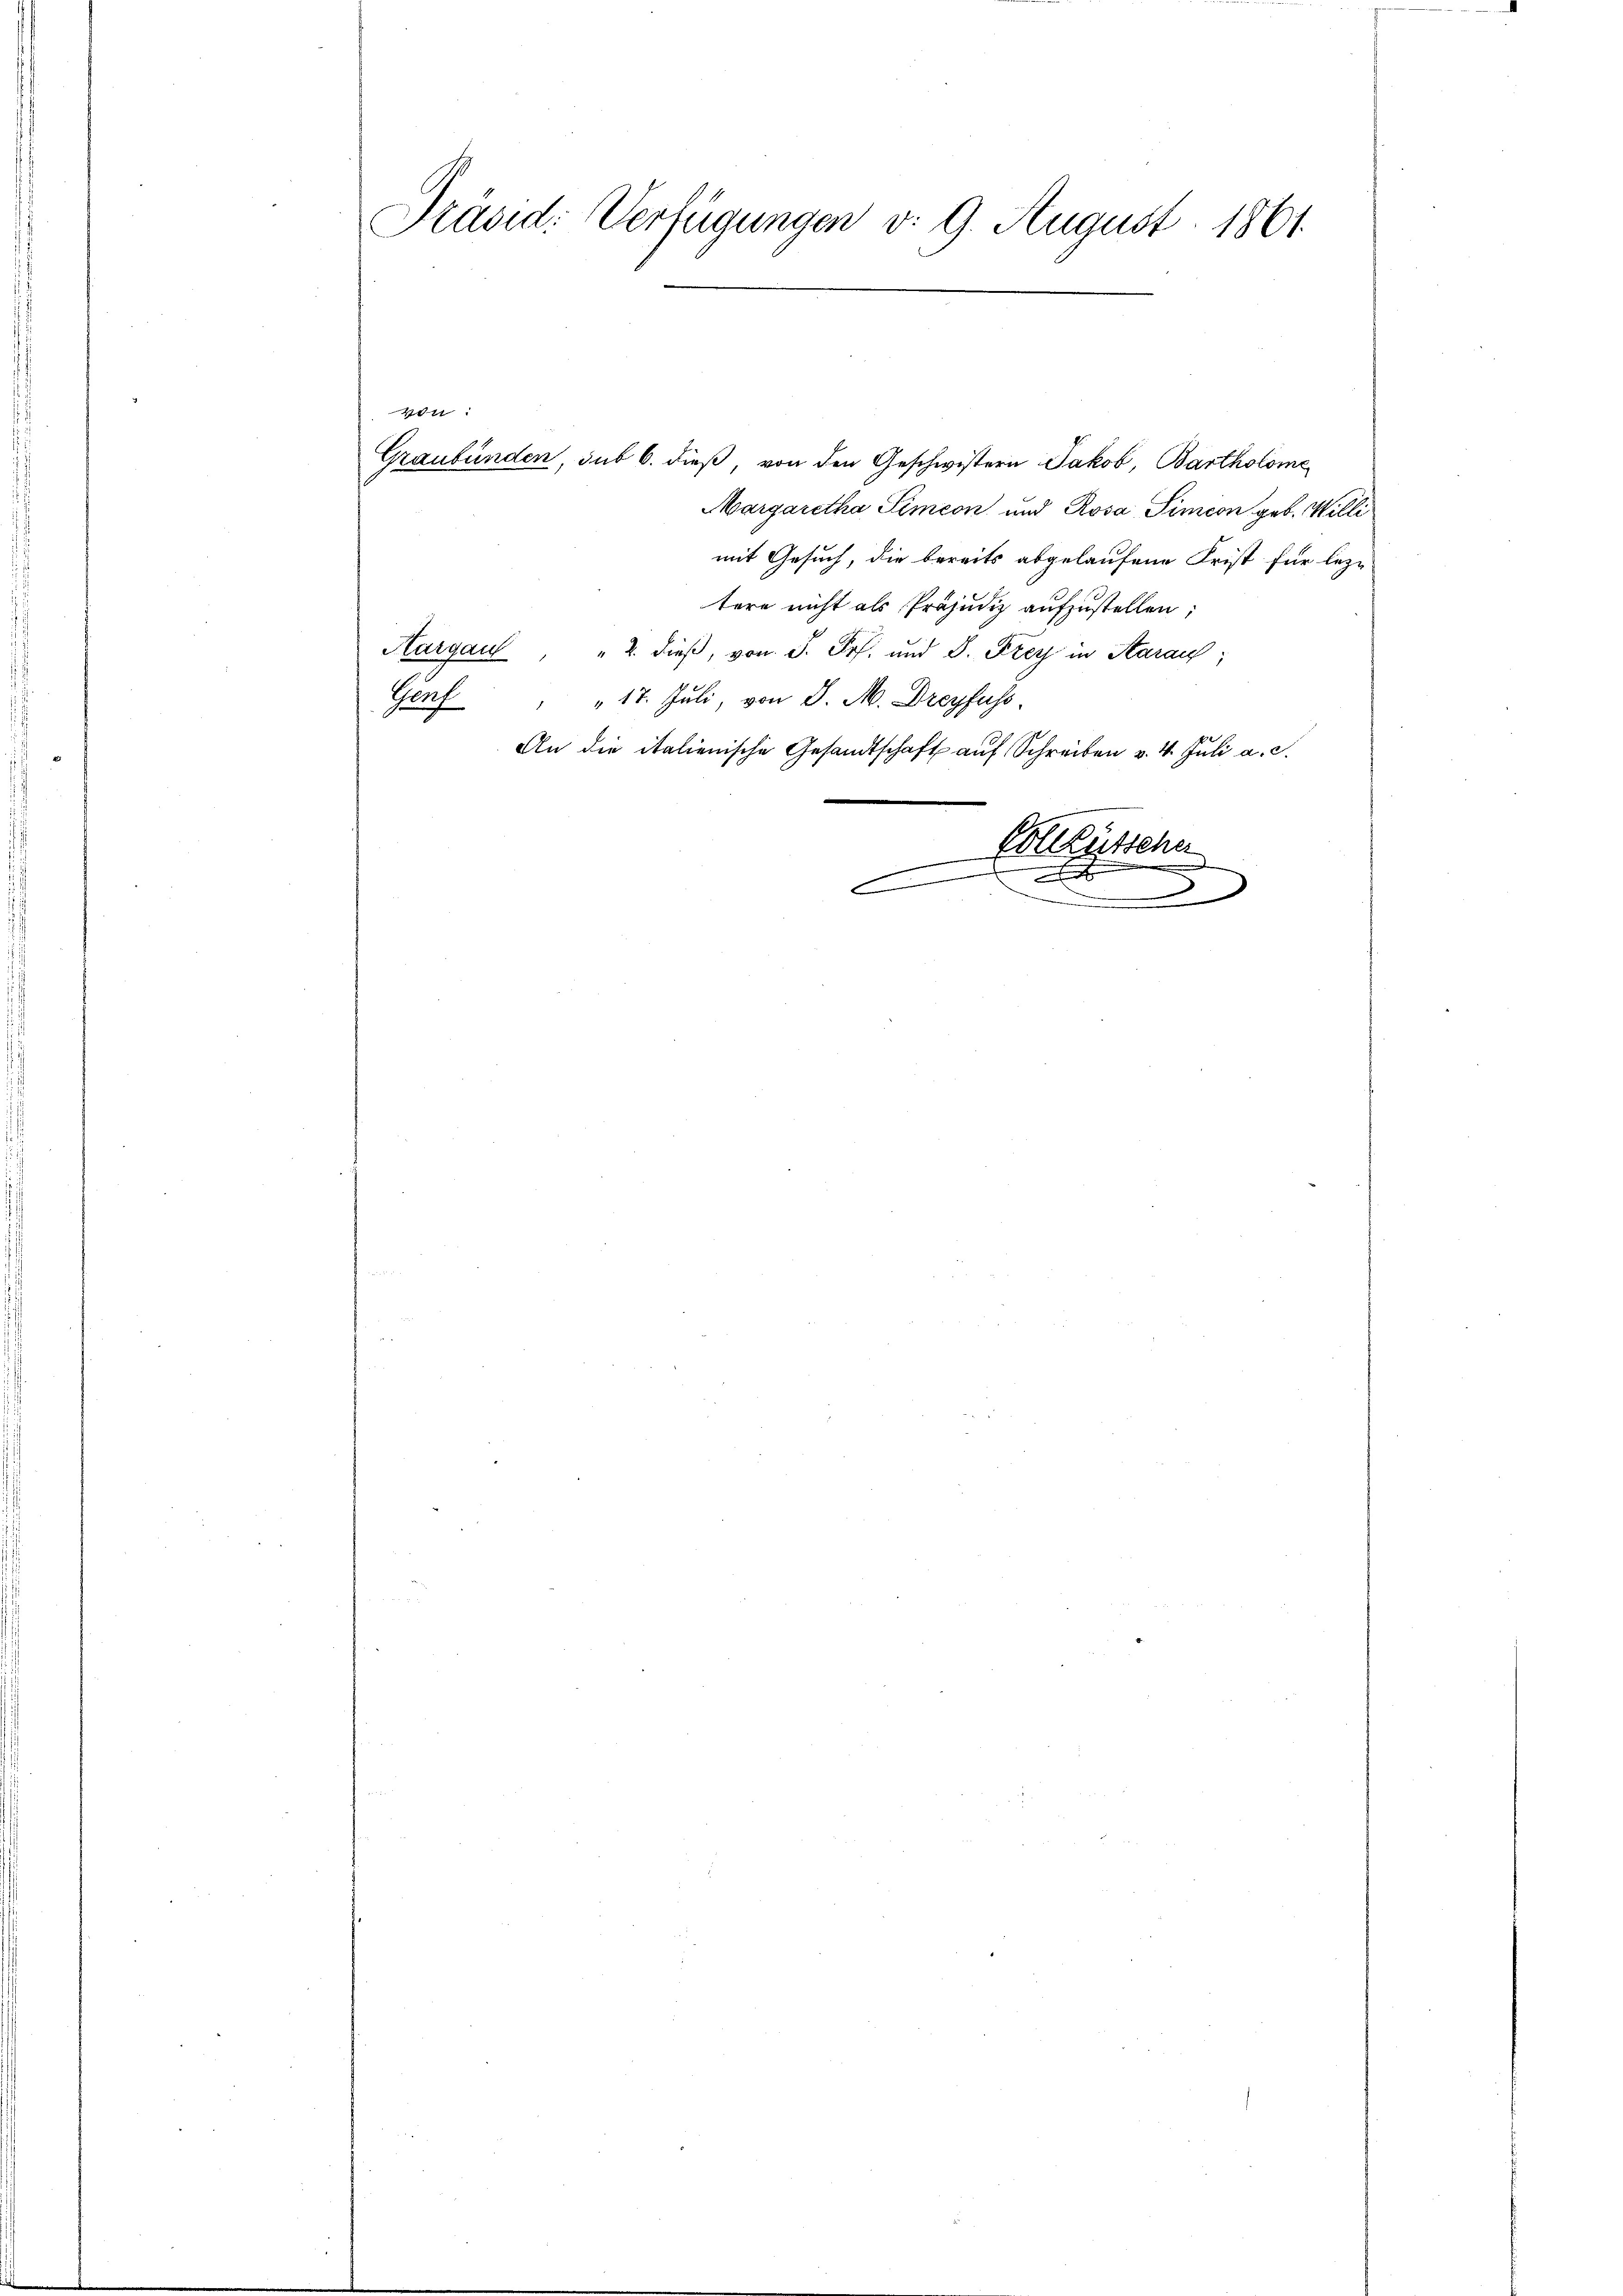
Präsid: Verfügungen v. 9. August 1861.
e

Graubünden, sub 6. dieß von den Geschwistern Jakob, Bartholome
Margaretha Simeon und Rosa Simeon geb. Willi
mit Gesuch, die bereits abgelaufene Frist für leztere nicht als Präjudiz aufzustellen;
Hargau " 2. dieß, von J. Pr. und 8. Frey in Saran,
" 17. Juli, von J. M. Dreyfuss.
Nach
An die italienische Gesandtschaft auf Schreiben v. 4. Juli a. c.
Vollzusen

x
c
.

von.